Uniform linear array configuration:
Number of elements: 8
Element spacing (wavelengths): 1
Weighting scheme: hann
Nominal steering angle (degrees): -15
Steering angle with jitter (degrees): -14.506
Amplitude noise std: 0.05
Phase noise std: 0.05

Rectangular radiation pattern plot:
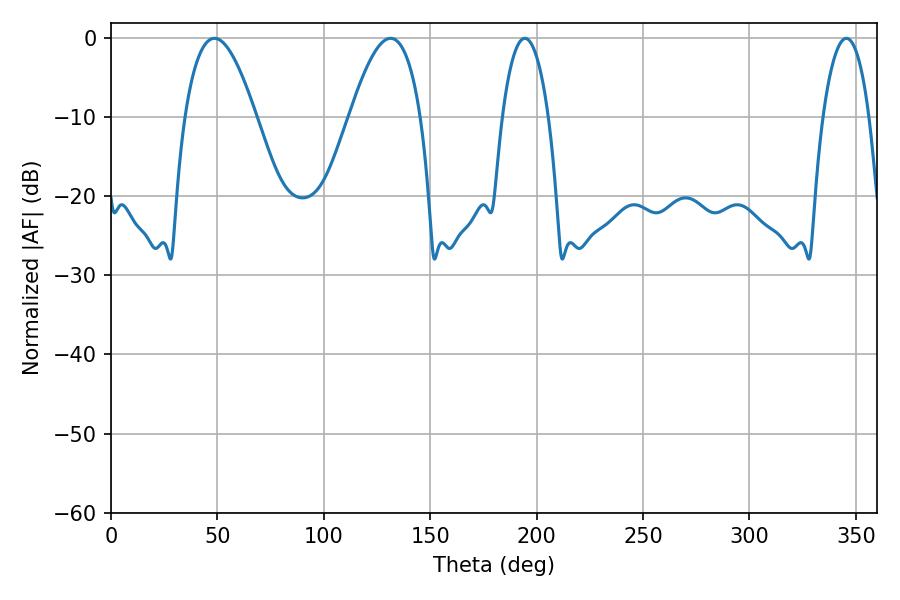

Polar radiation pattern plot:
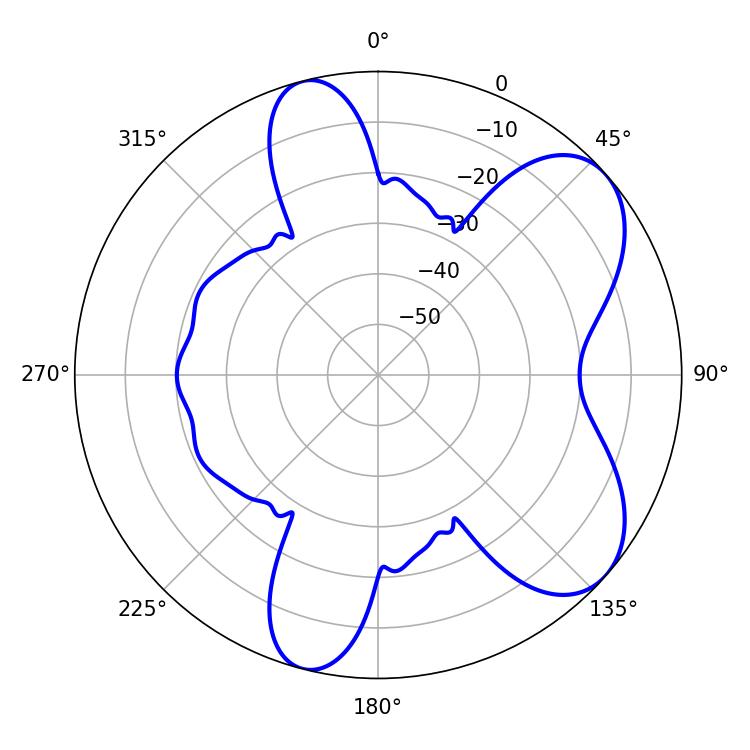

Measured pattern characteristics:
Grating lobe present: TRUE
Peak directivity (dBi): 6.888
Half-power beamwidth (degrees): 18.36
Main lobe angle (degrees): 48.6